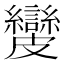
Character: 𥀺